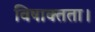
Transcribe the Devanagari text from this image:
विषाक्तता।